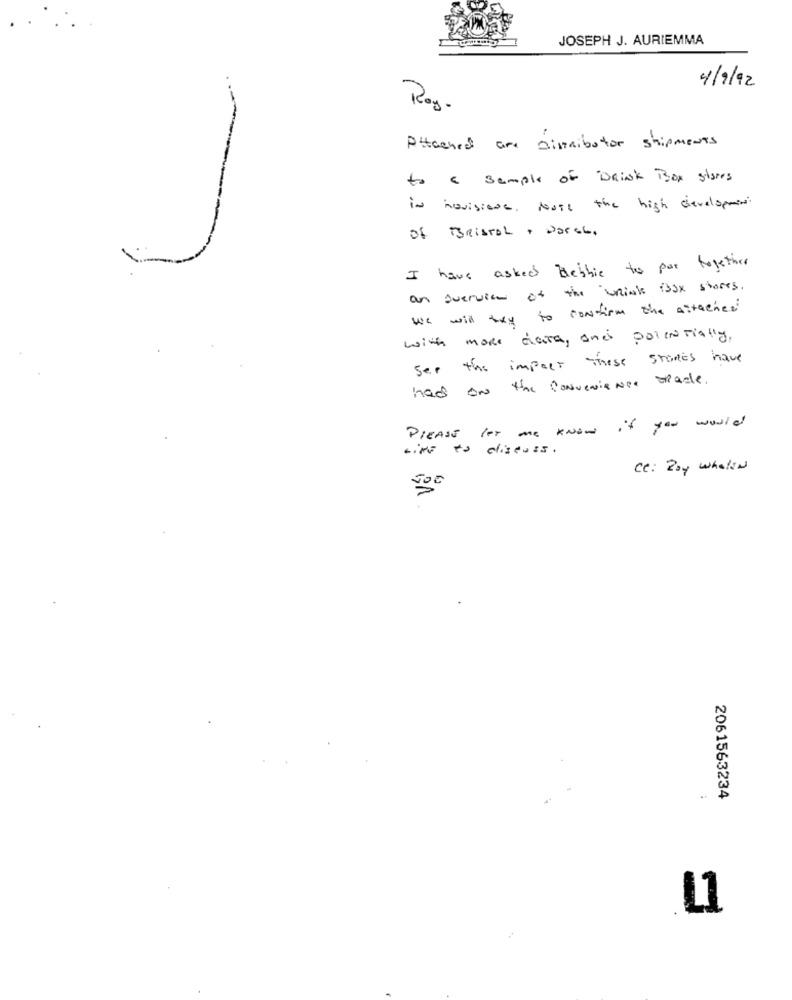
JOSEPH J. AURIEMMA
4/9/92
Roy.
C
Attached are dinaibutor shipments
to a sample of DRINK Box stores
in hovisione, just the high Gevelspanien
Of BRISTOL , Parce,
I have asked Bebbie to por together
an overview of the unink 133x stores.
we will try to confirm the Attached
with more data, and potentially.
see the impact these stores have
had ON the convenience trade.
Please let me know if you would
cine to discuss.
ce: Zby whalew
2061563234
L1